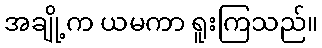
အချို့က ယမကာ ရူးကြသည်။